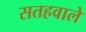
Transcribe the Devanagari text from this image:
सतहवाले